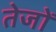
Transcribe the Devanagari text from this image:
तेजों